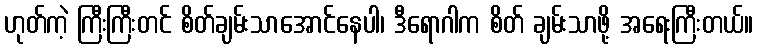
ဟုတ်ကဲ့ ကြီးကြီးတင် စိတ်ချမ်းသာအောင်နေပါ၊ ဒီရောဂါက စိတ် ချမ်းသာဖို့ အရေးကြီးတယ်။